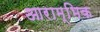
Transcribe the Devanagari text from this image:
आराम्भिक